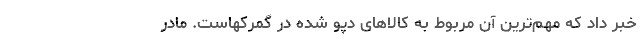
خبر داد که مهم‌ترین آن مربوط به کالاهای دپو شده در گمرکهاست. مادر